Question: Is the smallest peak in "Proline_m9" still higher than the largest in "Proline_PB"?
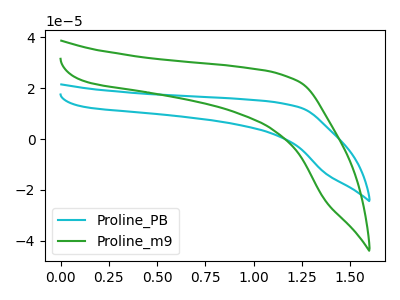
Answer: <think>The cyan curve "Proline_PB" has no peaks. The green curve "Proline_m9" has no peaks.</think>
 <answer>Niether CV has any peaks.</answer>
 <eval>blanks</eval>